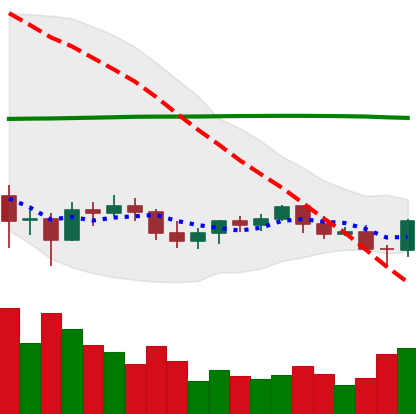
Ticker: BTC-USD
Chart end date: 2021-06-09
Forward return: 7.694%
Label: up_7plus